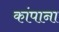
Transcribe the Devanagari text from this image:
कांपाना